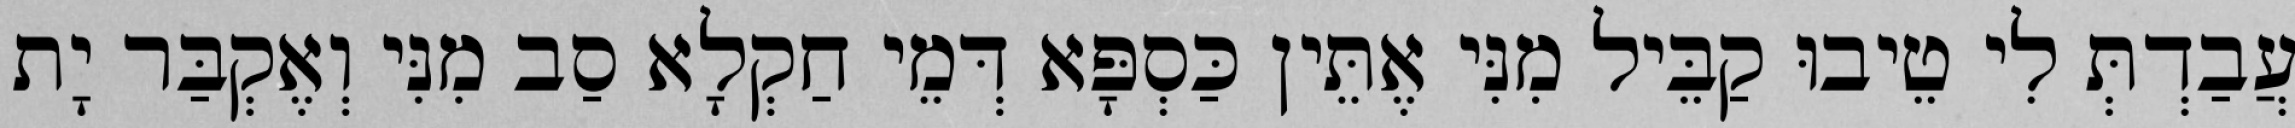
עֲבַדְתְּ לִי טֵיבוּ קַבֵּיל מִנִּי אֶתֵּין כַּסְפָּא דְּמֵי חַקְלָא סַב מִנִּי וְאֶקְבַּר יָת